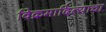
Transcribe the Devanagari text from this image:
विक्रमादित्याचा